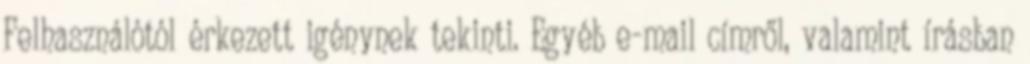
Felhasználótól érkezett igénynek tekinti. Egyéb e-mail címről, valamint írásban